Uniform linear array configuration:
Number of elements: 64
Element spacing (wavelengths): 0.5
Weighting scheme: hamming
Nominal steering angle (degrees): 45
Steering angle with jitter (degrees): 44.702
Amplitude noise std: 0.05
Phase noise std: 0.05

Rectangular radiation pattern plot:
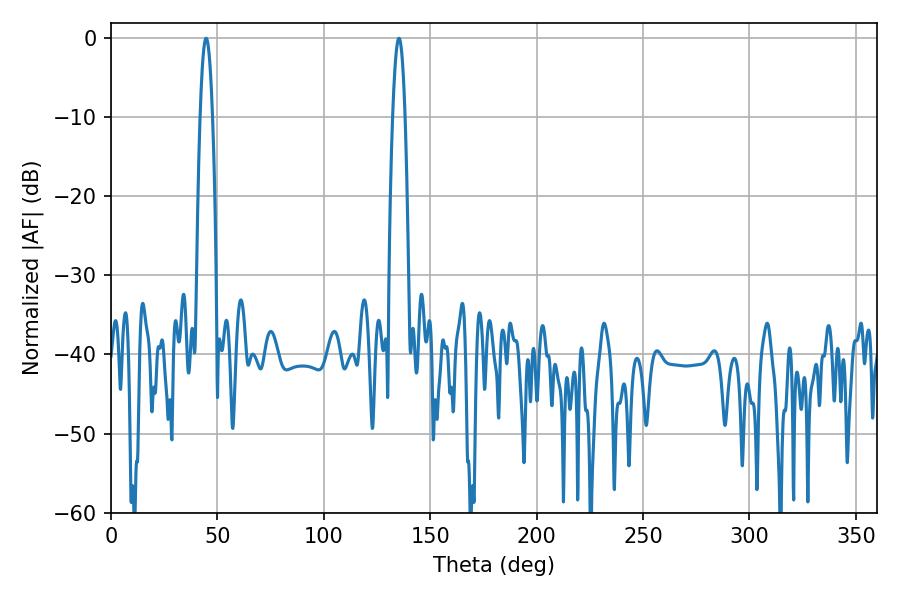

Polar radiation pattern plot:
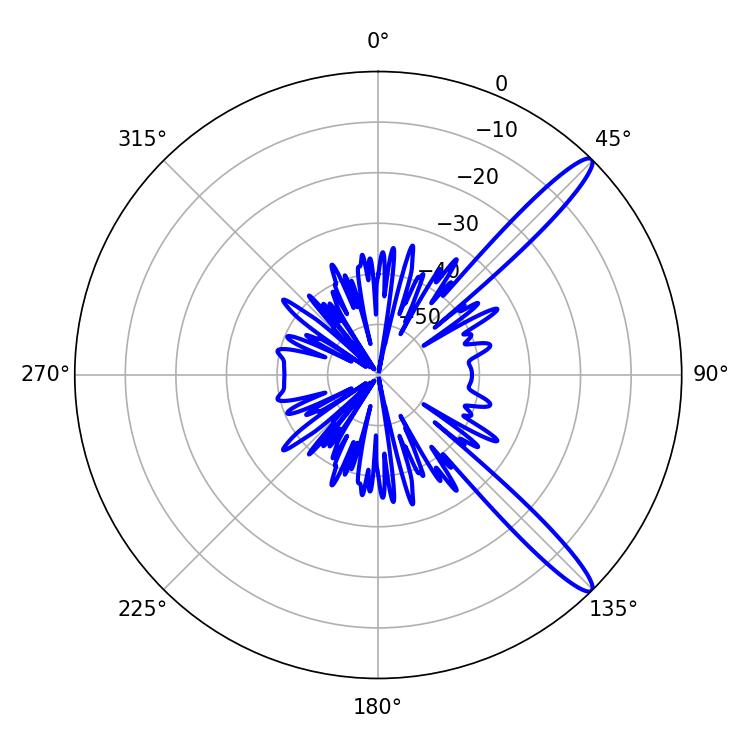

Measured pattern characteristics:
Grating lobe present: FALSE
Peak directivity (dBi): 13.672
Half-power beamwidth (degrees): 3.06
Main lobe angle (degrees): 44.64